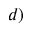
^ { d ) }